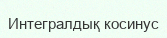
Интегралдық косинус